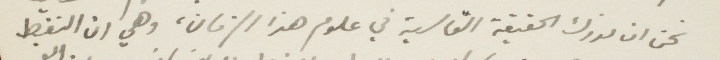
نحن ان تدرك الحقيقة القاسية في علوم هذا الزمان، وهي ان النفط